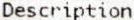
DESCRIPTION